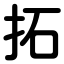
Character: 拓